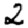
Digit: 2